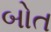
બોત